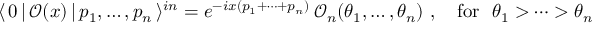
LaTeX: \langle \, 0 \, | \, \mathcal { O } ( x ) \, | \, p _ { 1 } , \dots , p _ { n } \, \rangle ^ { i n } = e ^ { - i x ( p _ { 1 } + \dots + p _ { n } ) } \, \mathcal { O } _ { n } ( \theta _ { 1 } , \dots , \theta _ { n } ) ~ , ~ ~ ~ \mathrm { f o r } ~ ~ \theta _ { 1 } > \dots > \theta _ { n }